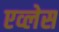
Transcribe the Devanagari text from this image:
एव्लेस